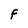
Character: F